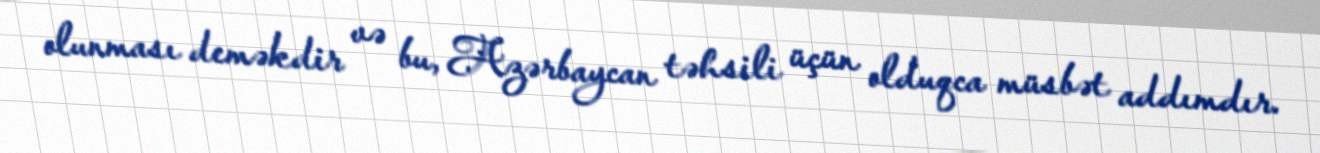
olunması deməkdir və bu, Azərbaycan təhsili üçün olduqca müsbət addımdır.